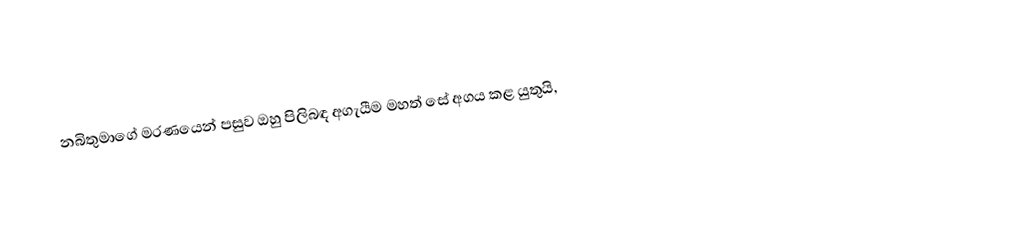
නබිතුමාගේ මරණයෙන් පසුව ඔහු පිලිබඳ අගැයීම මහත් සේ අගය කළ යුතුයි,